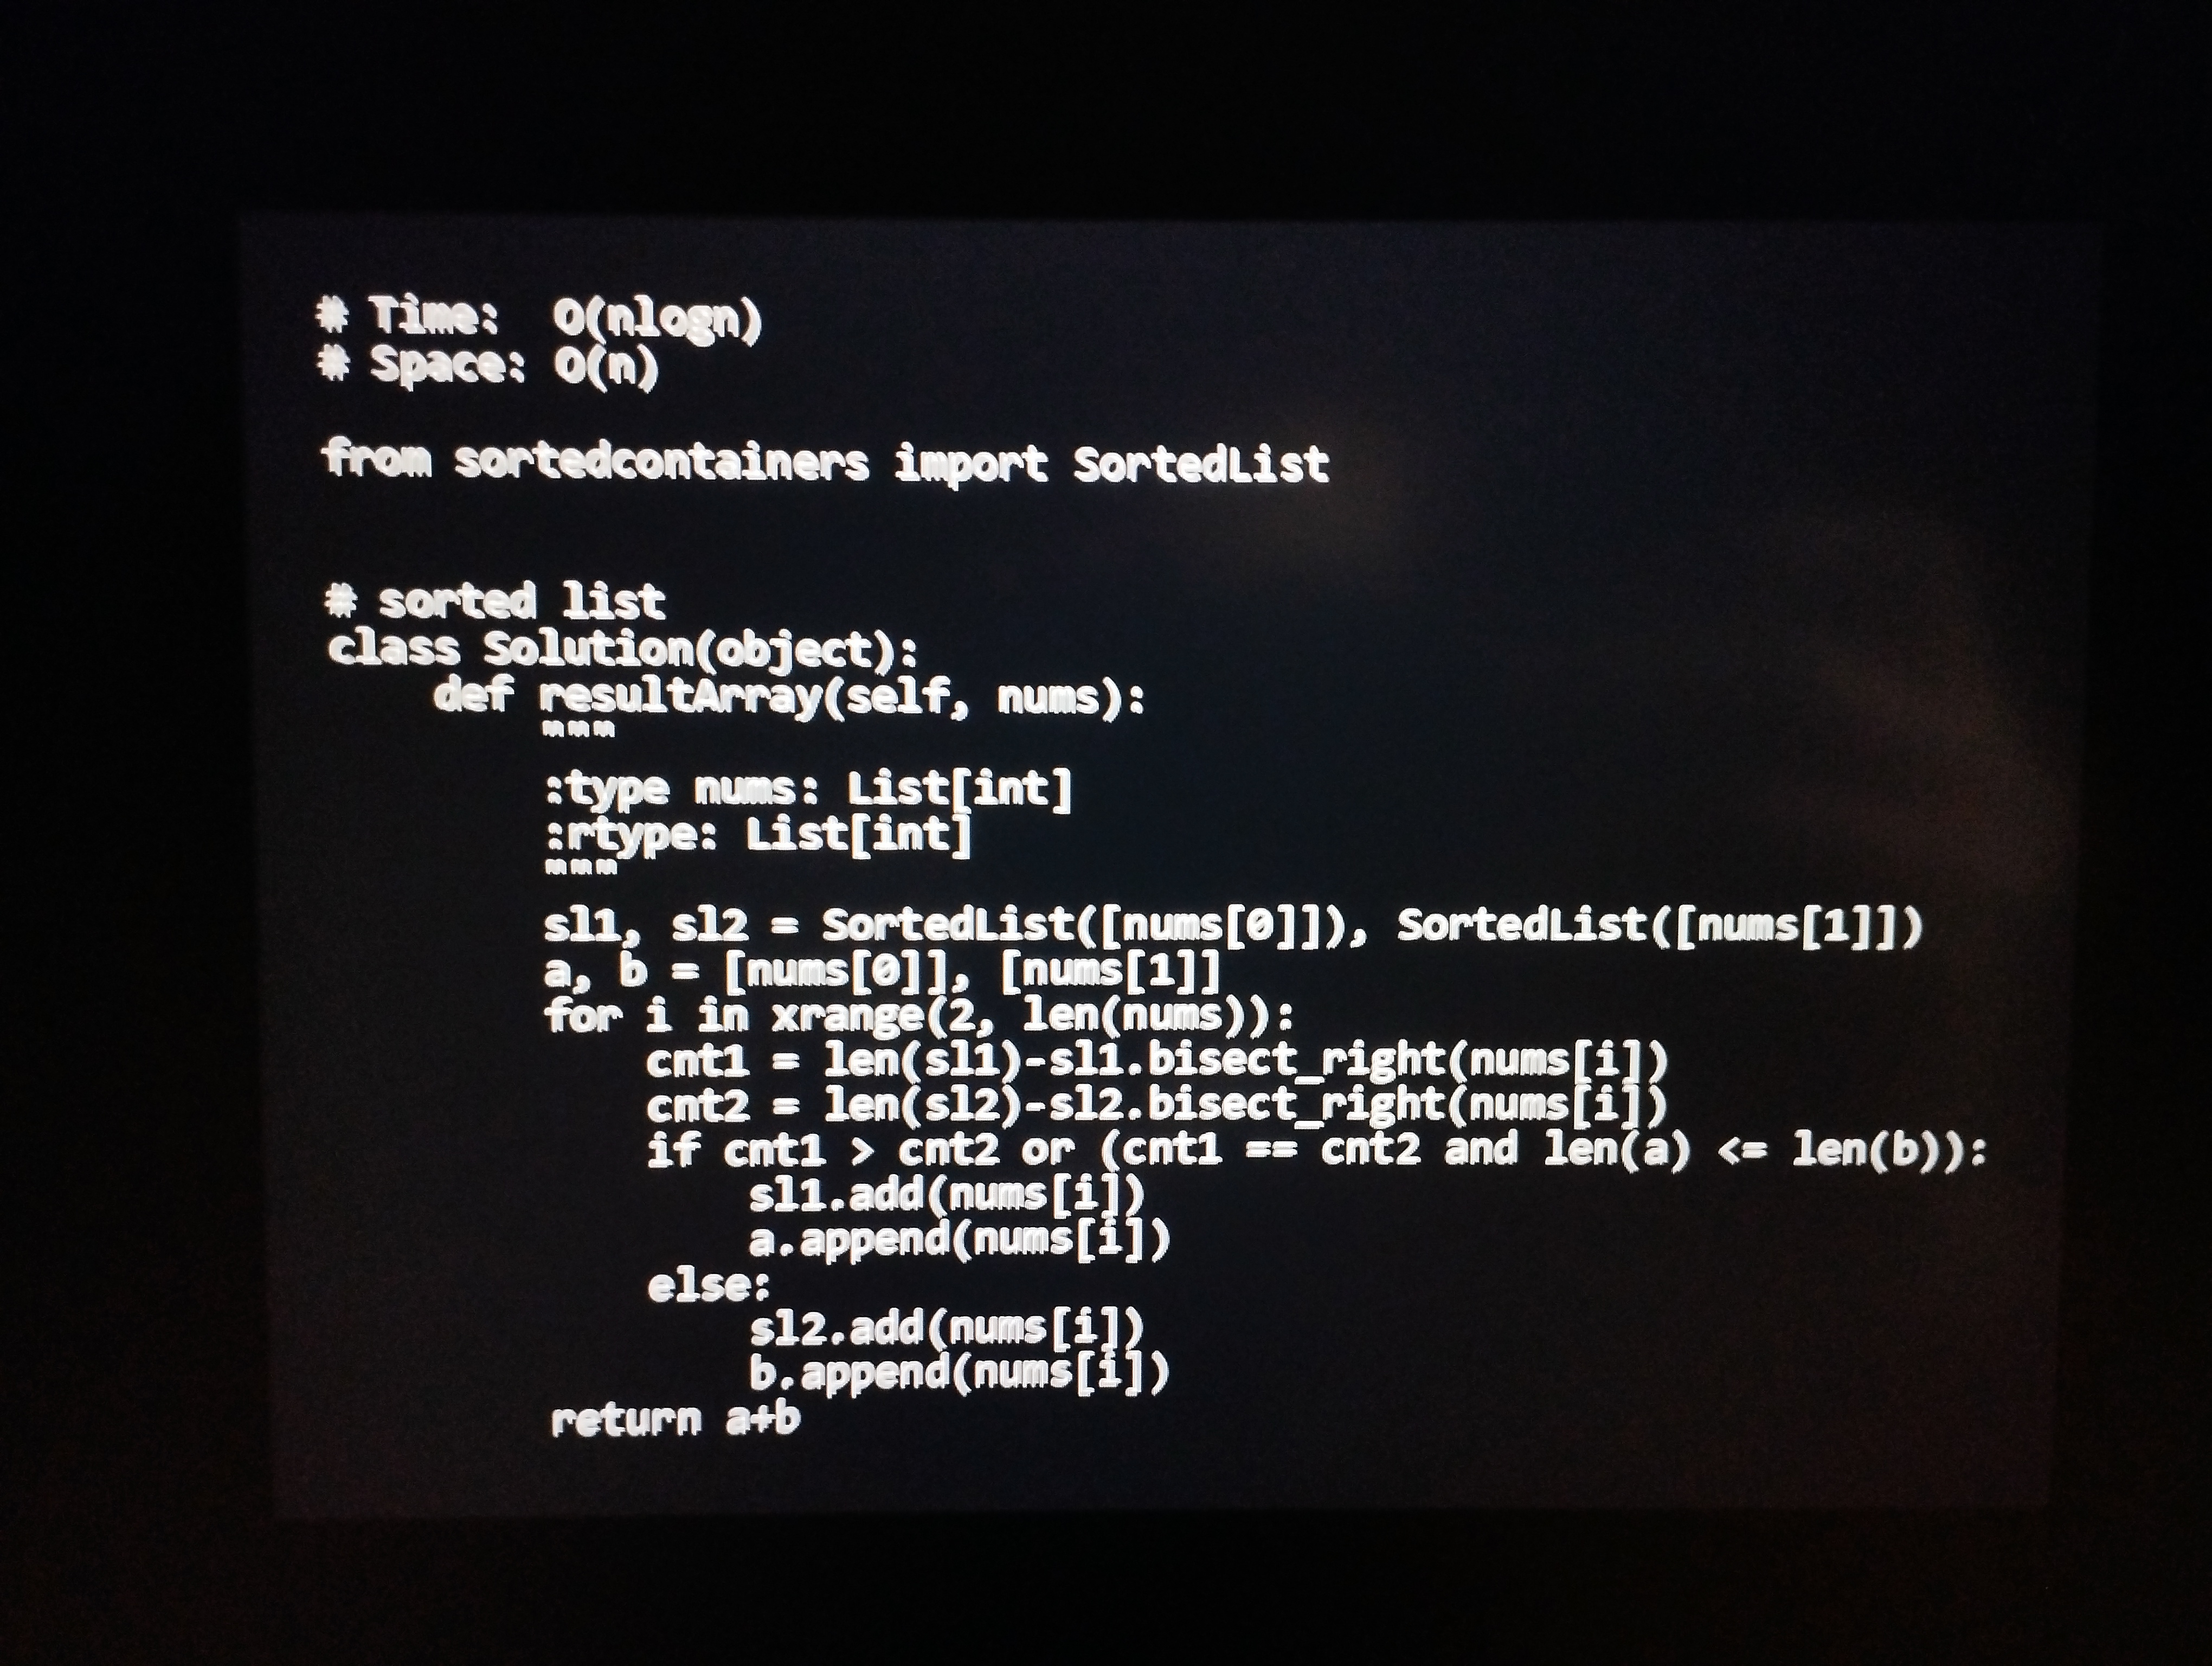
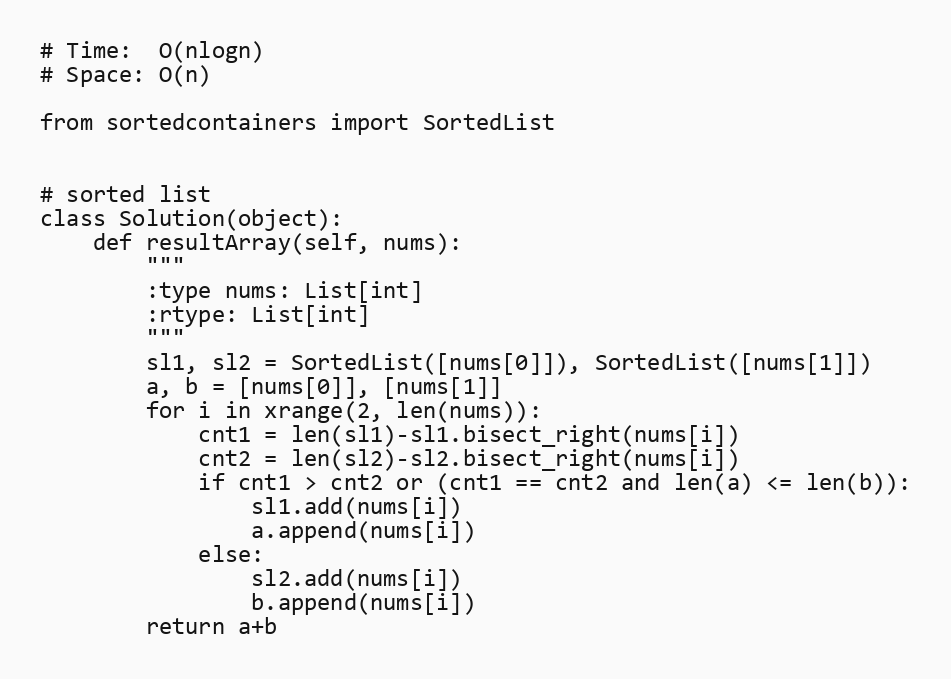
# Time:  O(nlogn)
# Space: O(n)

from sortedcontainers import SortedList

# sorted list
class Solution(object):
    def resultArray(self, nums):
        """
        :type nums: List[int]
        :rtype: List[int]
        """
        sl1, sl2 = SortedList([nums[0]]), SortedList([nums[1]])
        a, b = [nums[0]], [nums[1]]
        for i in xrange(2, len(nums)):
            cnt1 = len(sl1)-sl1.bisect_right(nums[i])
            cnt2 = len(sl2)-sl2.bisect_right(nums[i])
            if cnt1 > cnt2 or (cnt1 == cnt2 and len(a) <= len(b)):
                sl1.add(nums[i])
                a.append(nums[i])
            else:
                sl2.add(nums[i])
                b.append(nums[i])
        return a+b